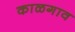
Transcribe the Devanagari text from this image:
काळगाव